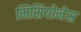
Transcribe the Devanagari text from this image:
मिसियोनेस